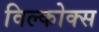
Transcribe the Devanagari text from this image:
विल्कोक्स